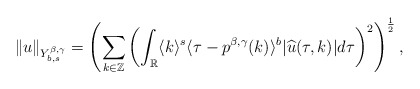
\begin{align*}\|u\|_{Y_{b,s}^{\beta,\gamma}}=\left(\sum_{k\in\mathbb{Z}}\left(\int_{\mathbb{R}}\langle k\rangle^{s}\langle \tau-p^{\beta,\gamma}(k)\rangle^{b}|\widehat{u}(\tau,k)|d\tau\right)^2\right)^{\frac{1}{2}},\end{align*}